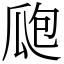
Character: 瓟